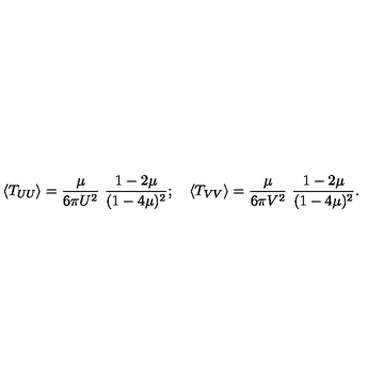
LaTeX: \left< T _ { U U } \right> = { \frac { \mu } { 6 \pi U ^ { 2 } } } \ { \frac { 1 - 2 \mu } { ( 1 - 4 \mu ) ^ { 2 } } } ; \quad \left< T _ { V V } \right> = { \frac { \mu } { 6 \pi V ^ { 2 } } } \ { \frac { 1 - 2 \mu } { ( 1 - 4 \mu ) ^ { 2 } } } .